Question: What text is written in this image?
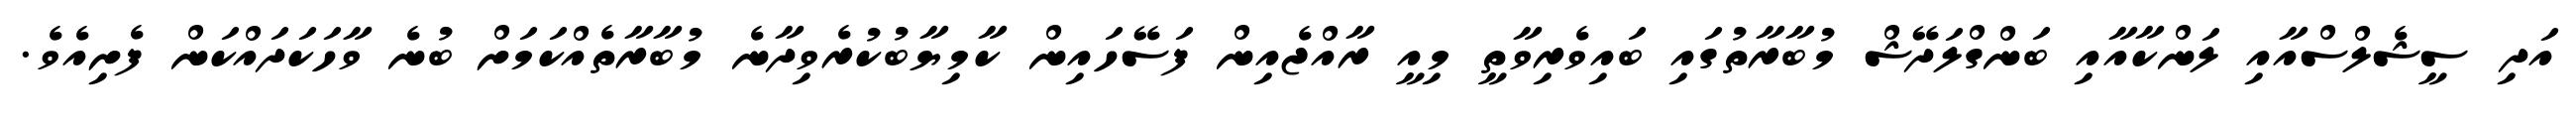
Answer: އަދި ސީޝެލްސްއާއި ލަންކާއާއި ބަންގްލަދޭޝް މުބާރާތުގައި ބައިވެރިވާތީ މިއީ ރާއްޖެއިން ފަސޭހައިން ކާމިޔާބުކުރެވިދާނެ މުބާރާތެއްކަމަށް ބުނެ ވާހަކަދައްކަން ފެށިއެވެ.